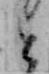
と